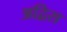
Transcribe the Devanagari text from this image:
अद्विस